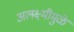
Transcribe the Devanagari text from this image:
अलक्ष्मीमुळे